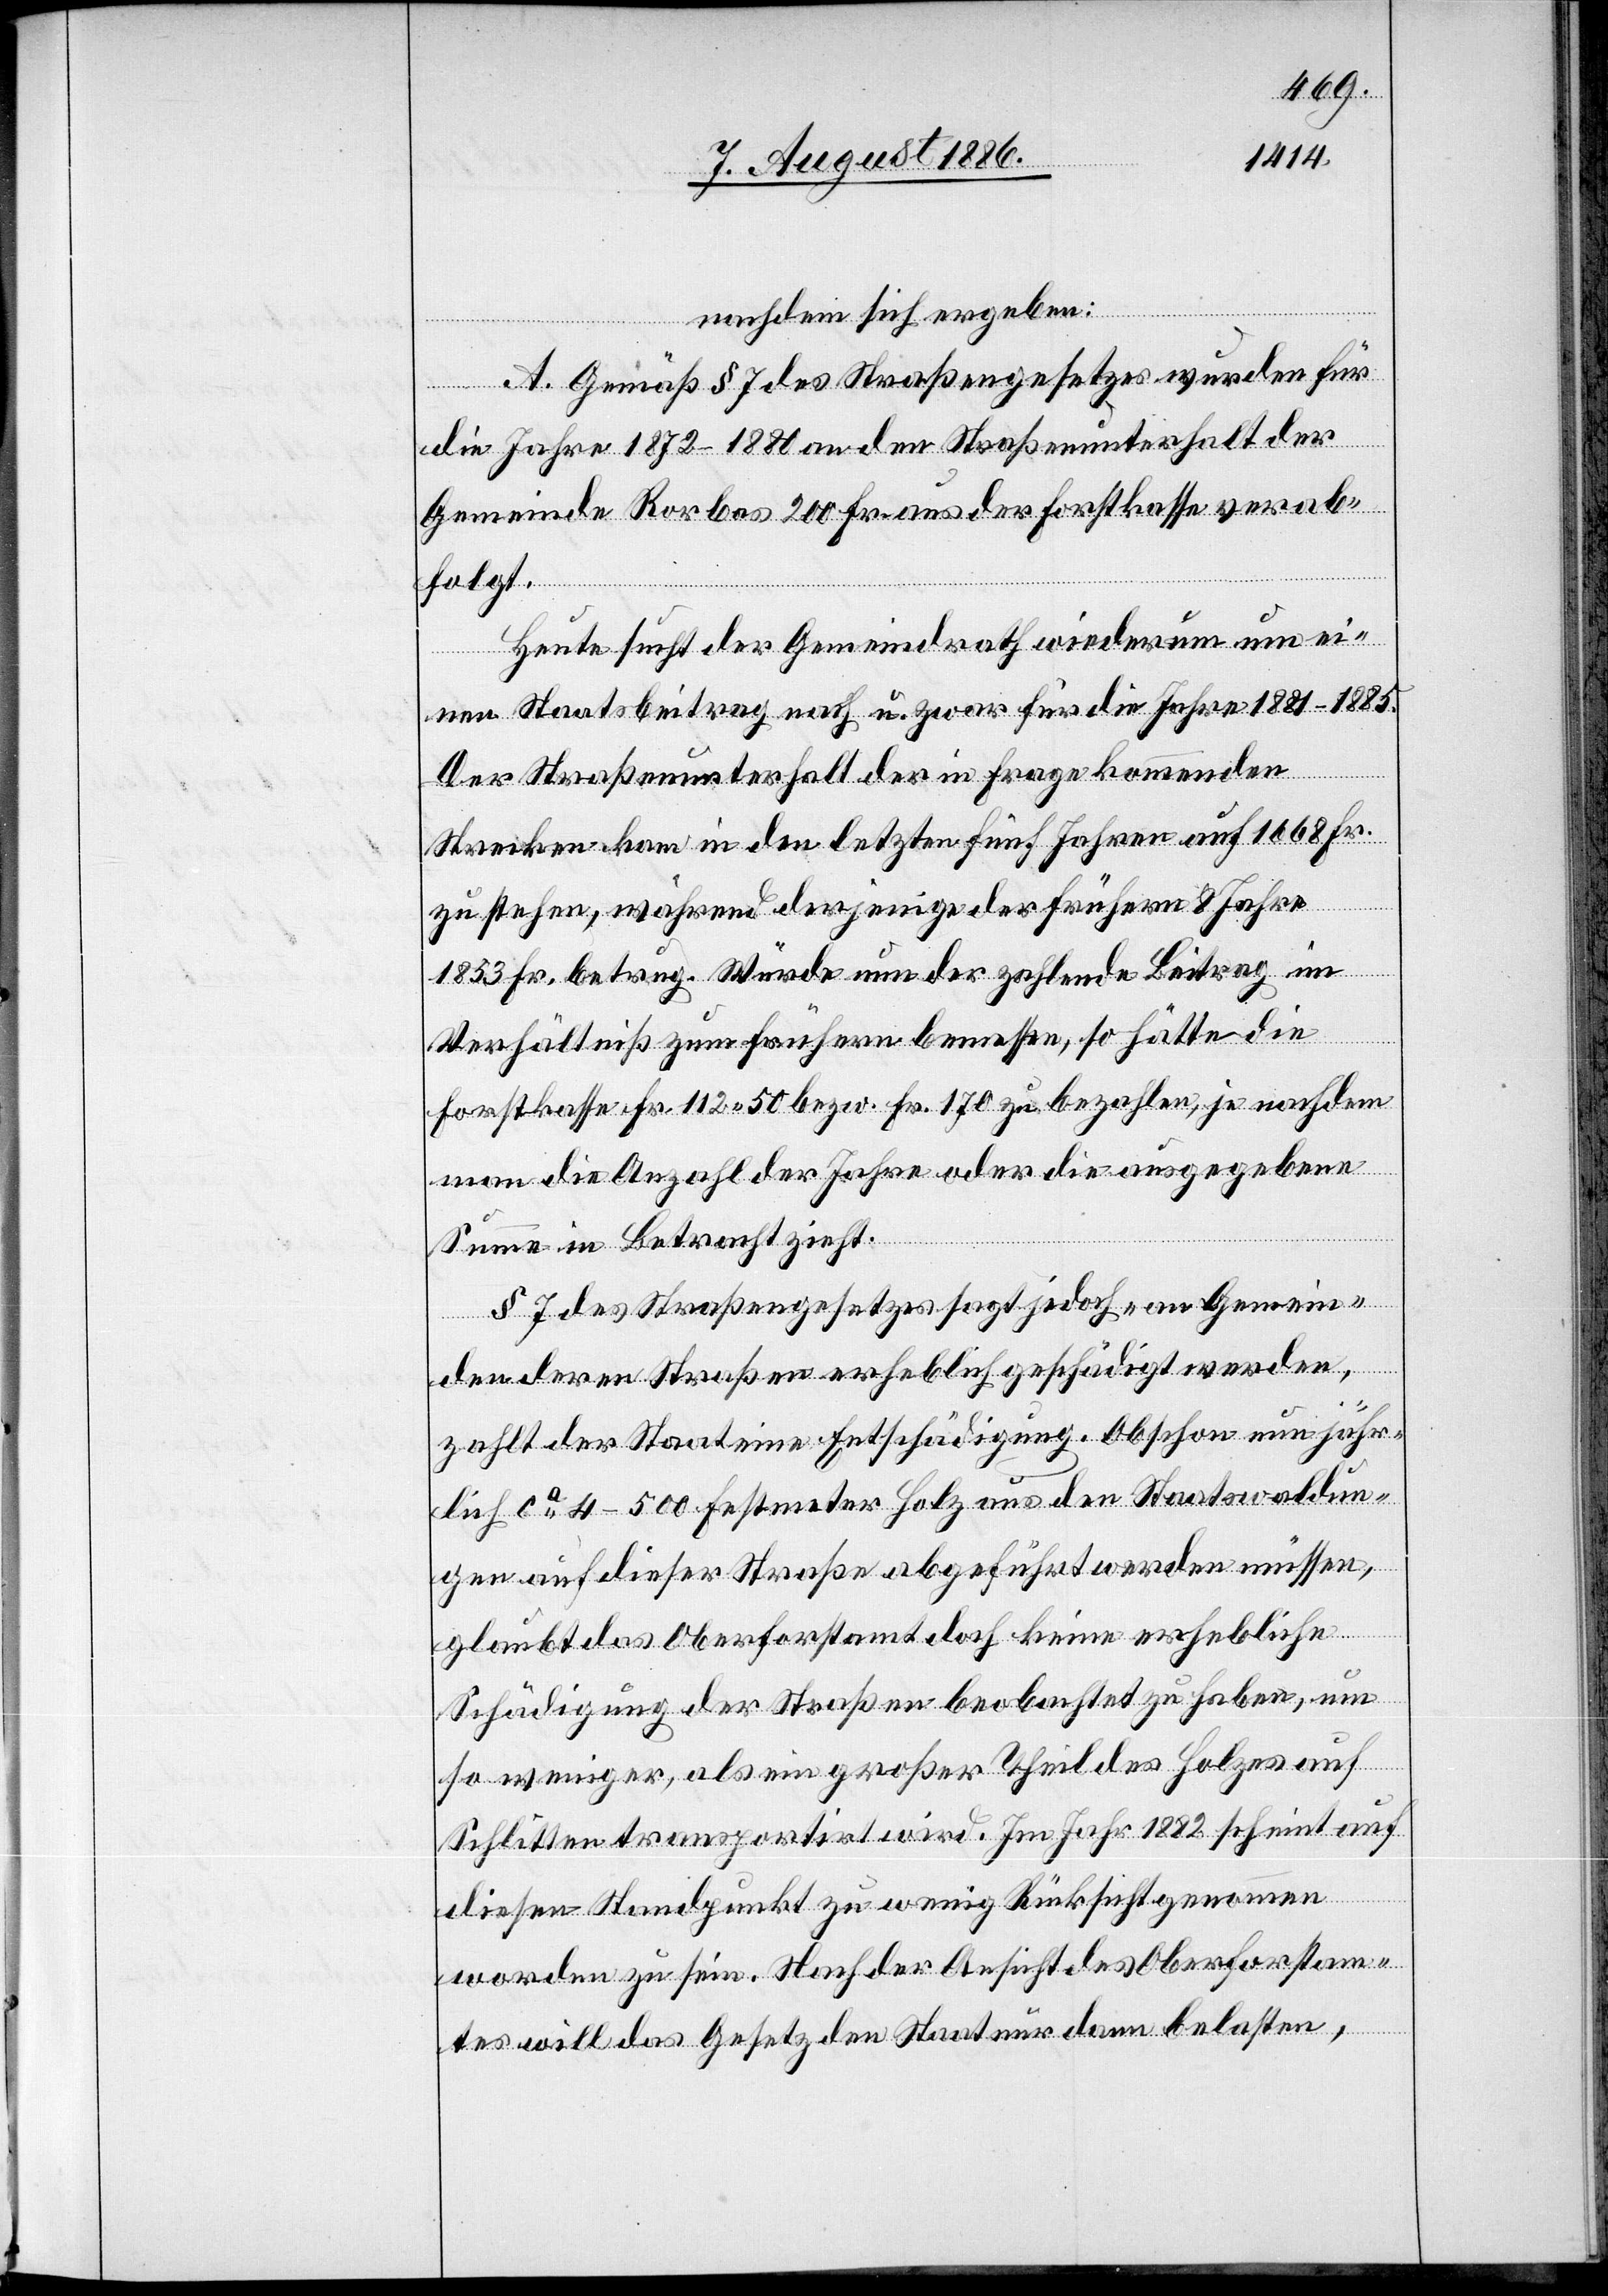
nachdem sich ergeben:
A. Gemäß § 7 des Straßengesetzes wurden für
die Jahre 1872–1880 an den Straßenunterhalt der
Gemeinde Rorbas 200 Fr. aus der Forstkasse verab¬
folgt.
Heute sucht der Gemeindrath wiederum um ei¬
nen Staatsbeitrag nach u. zwar für die Jahre 1881–1885.
Der Straßenunterhalt der in Frage kommenden
Strecken kam in den letzten fünf Jahren auf 1668 Fr.
zu stehen, während derjenige der frühern Jahre
1853 Fr. betrug. Würde nun der [zu] zahlende Beitrag im
Verhältniß zum frühern bemessen, so hätte die
Forstkasse Fr. 112 50 bezw. Fr. 170 zu bezahlen, je nachdem
man die Anzahl der Jahre oder die ausgegebene
Summe in Betracht zieht.
§ 7 des Straßengesetzes sagt jedoch, „an Gemein¬
den deren Straßen erheblich geschädigt werden,
zahlt der Staat eine Entschädigung.[“] Obschon nun jähr¬
lich ca 4–500 Festmeter Holz aus den Staatswaldun¬
gen auf dieser Straße abgeführt werden müssen,
glaubt das Oberforstamt doch keine erhebliche
Schädigung der Straßen beobachtet zu haben, um
so weniger, als ein großer Theil des Holzes auf
Schlitten transportirt wird. Im Jahr 1882 scheint auf
diesen Standpunkt zu wenig Rücksicht genommen
worden zu sein. Nach der Ansicht des Oberforstam¬
tes will das Gesetz den Staat nur dann belasten,